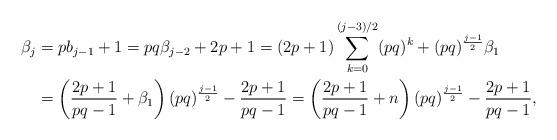
LaTeX: \begin{align*}\beta_j&=pb_{j-1}+1=pq\beta_{j-2}+2p+1=(2p+1)\sum\limits_{k=0}^{(j-3)/2}(pq)^k+(pq)^{\frac{j-1}{2}}\beta_1\\&=\left(\frac{2p+1}{pq-1}+\beta_1\right)(pq)^{\frac{j-1}{2}}-\frac{2p+1}{pq-1}=\left(\frac{2p+1}{pq-1}+n\right)(pq)^{\frac{j-1}{2}}-\frac{2p+1}{pq-1},\end{align*}